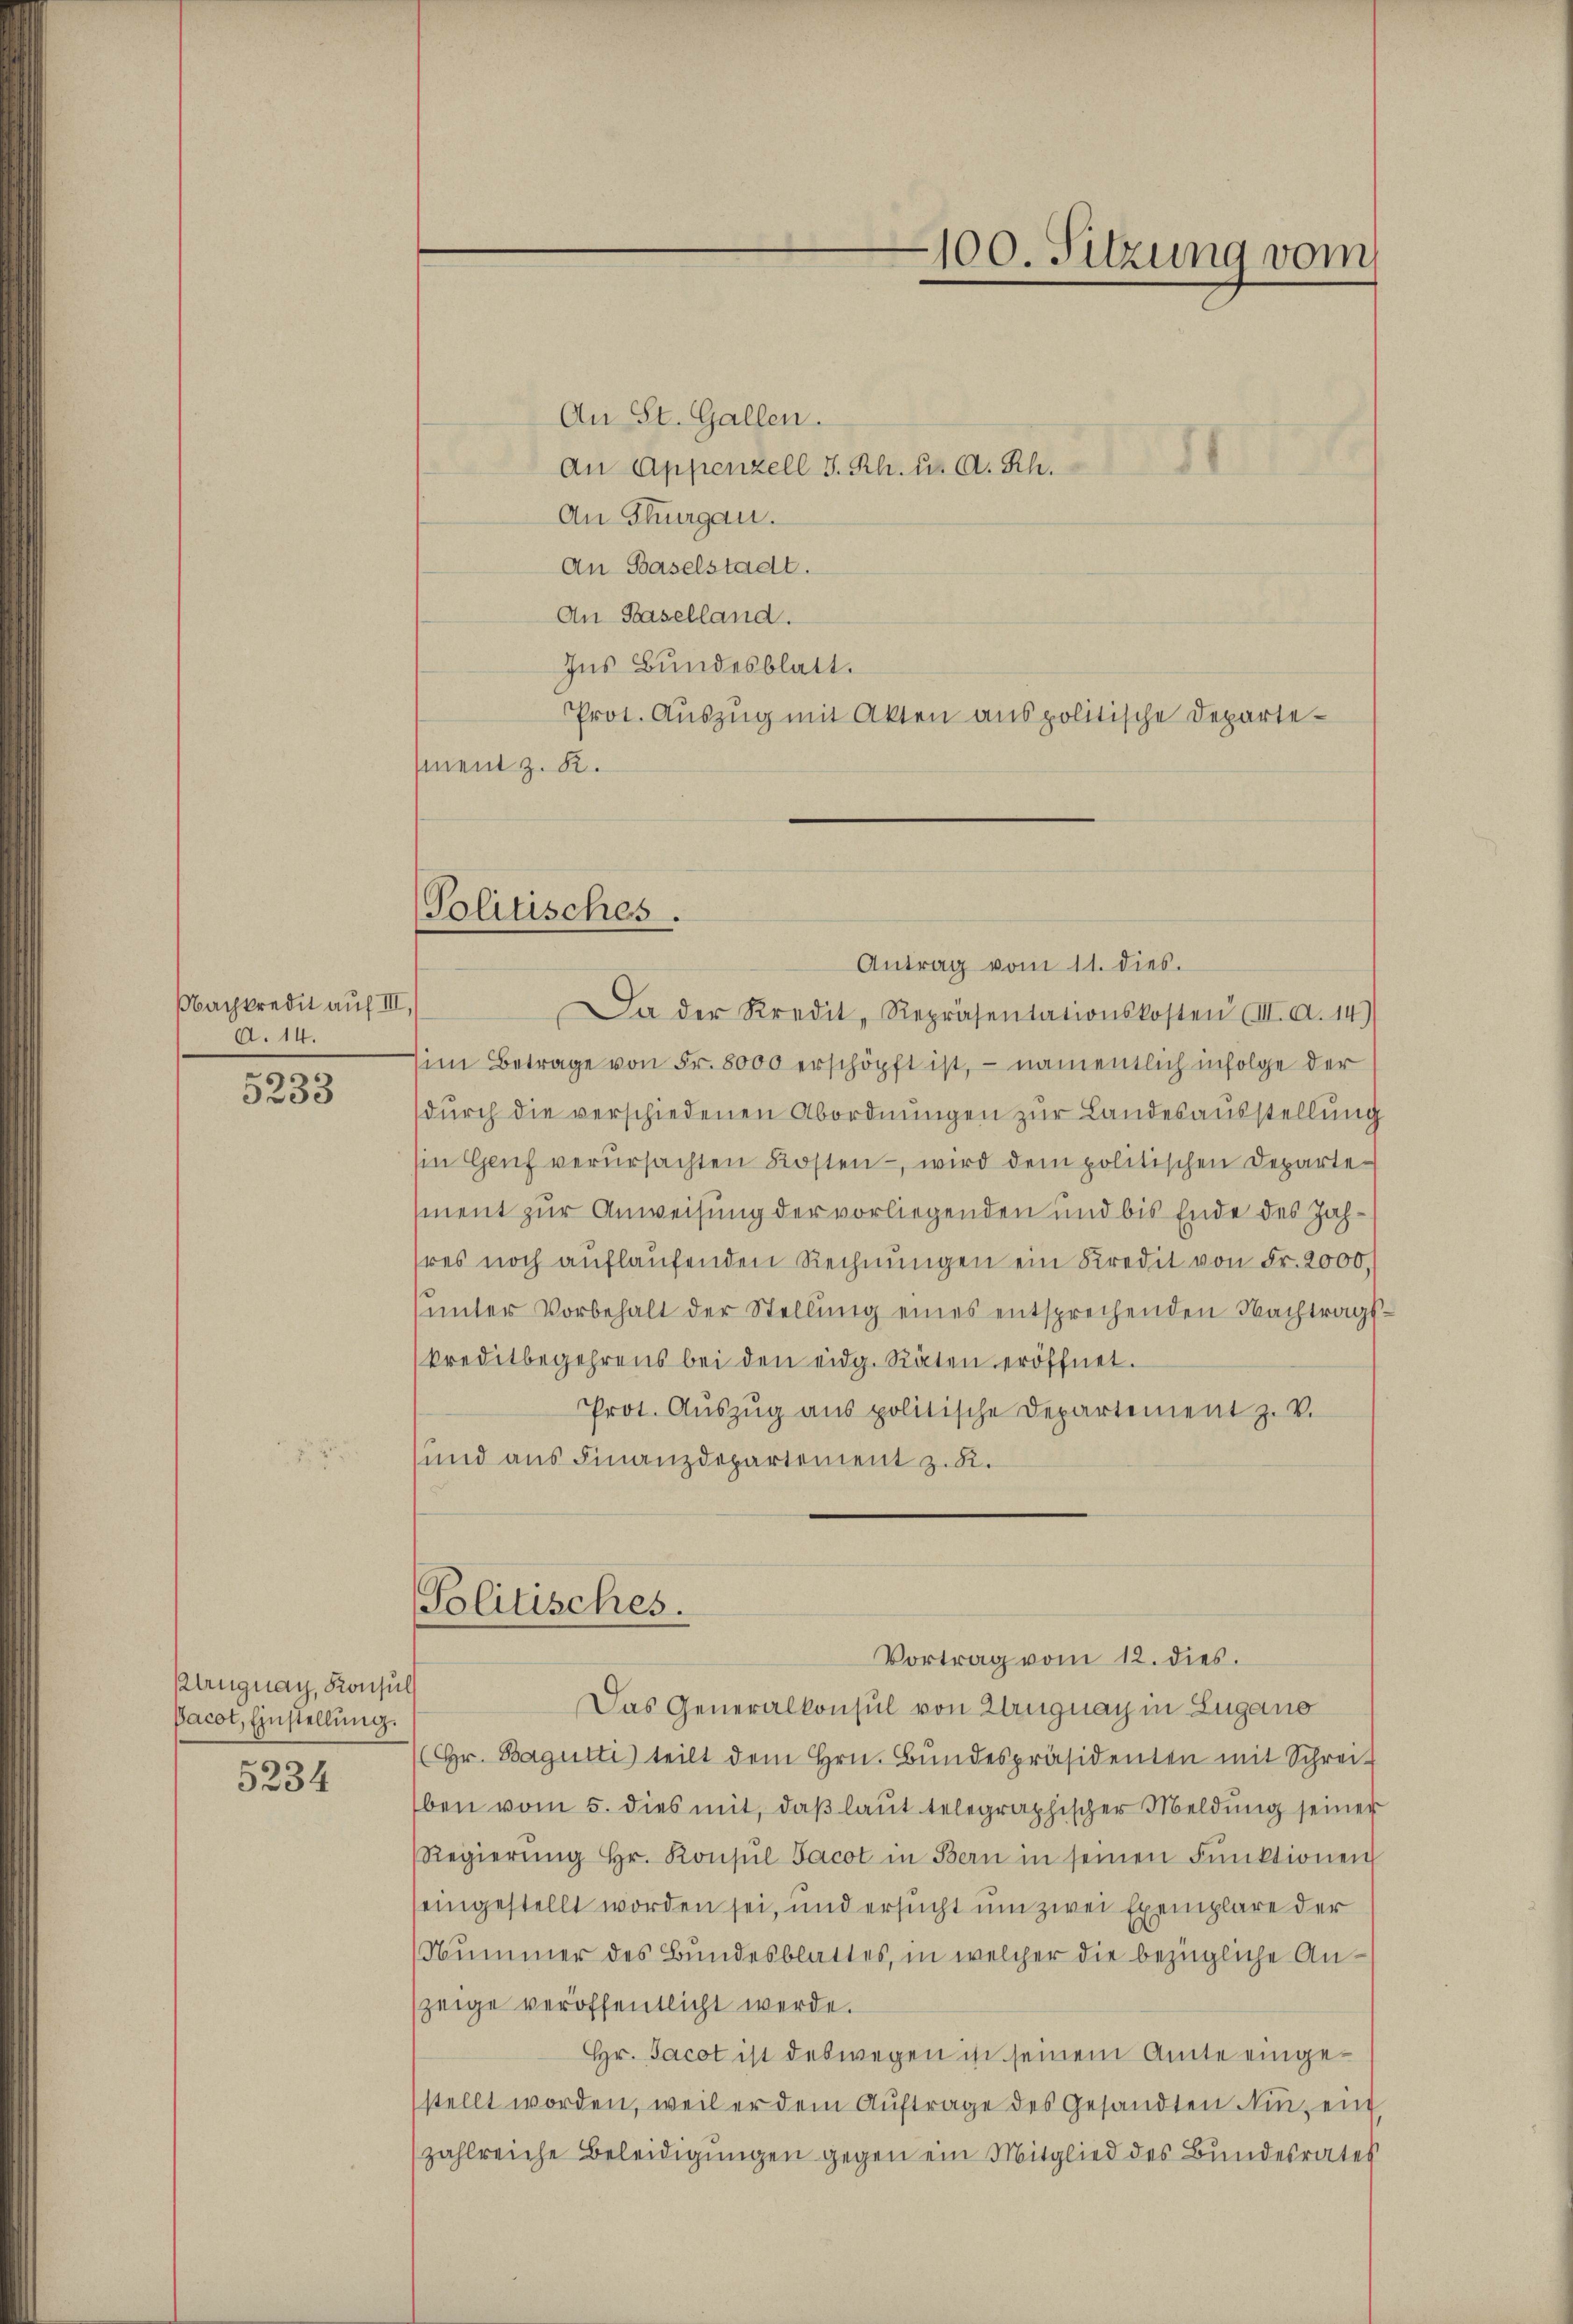
Nachkredit auf III,
A. 14.

5233

lugnay, Konsul
Pacot, Einstellung.

5234

Politisches.

Antrag vom 11. dies
Da der Kredit, Repräsentationskosten (III. a. 14)
im Betrage von Fr. 8000 erschöpft ist, – namentlich infolge der
dŭrch die verschiedenen Abordnŭngen zur Landesausstellung
Ein Genf verŭrsachten Kosten wird dem politischen Departement zur Anweisung der vorliegenden und bis Ende des Jahsres noch auflaufenden Rechnungen ein Kredit von Fr. 2000.
ŭnter Vorbehalt der Stellŭng eines entsprechenden Nachtrags-
kreditbegehrens bei den eidg. Räten eröffnet.
Prot. Aŭszŭg ans politische Departement z. V.
und aus Finanzdepartement z. R.

An St. Gallen.
An Thurgau.
An Baselstadt.
An Haselland.
Ins Bundesblatt.
Prot. Auszug mit Akten aus politische Departesment z. R.

100. Sitzung vom

An Appenzell I. Rh. u. a. Rh.

Politisches.
Vortrag vom 12. dies.

Das Generalkonsul von Zug nach in Zugano
(Hr. Bagutti teilt dem Hrn. Bundespräsidenten mit Schrei-
ben vom 5. dies mit, daß laut telegraphischer Meldung seiner
Regierŭng Hr. Konsŭl Jacot in Bern in seinen Funktionen
eingestellt worden sei, und ersucht um zwei Exemplare der
Nummer des Bundesblattes, in welcher die bezügliche Anzeige veröffentlicht werde.
Hr. Jacot ist deswegen ist seinem Amte eingestellt worden, weil er dem Aŭftrage des Gesandten in ein
zahlreiche Beleidigungen gegen ein Mitglied des Bundesratet